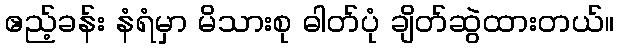
ဧည့်ခန်း နံရံမှာ မိသားစု ဓါတ်ပုံ ချိတ်ဆွဲထားတယ်။